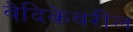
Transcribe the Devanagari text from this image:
वेदिकेवरील